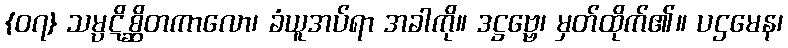
{၀၇} သမ္ပဋိစ္ဆိတကာလော၊ ခံယူအပ်ရာ အခါကို။ ဒဋ္ဌဗ္ဗေ၊ မှတ်ထိုက်၏။ ပဌမေန၊